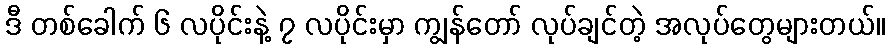
ဒီ တစ်ခေါက် ၆ လပိုင်းနဲ့ ၇ လပိုင်းမှာ ကျွန်တော် လုပ်ချင်တဲ့ အလုပ်တွေများတယ်။